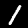
Label: 1